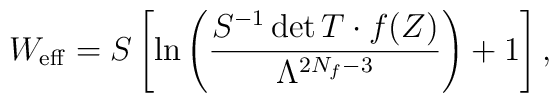
W_{\rm eff}=S \left[ \ln\left(\frac{S^{-1}\det T\cdot f(Z)}{	\Lambda^{2N_f-3}}\right)+1\right],